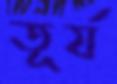
তূর্য